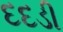
દદડી